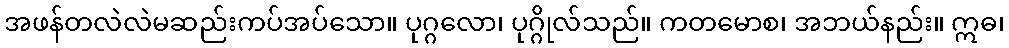
အဖန်တလဲလဲမဆည်းကပ်အပ်သော။ ပုဂ္ဂလော၊ ပုဂ္ဂိုလ်သည်။ ကတမောစ၊ အဘယ်နည်း။ ဣဓ၊